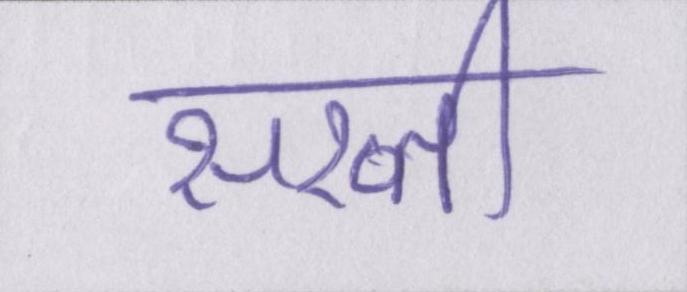
सख्ती